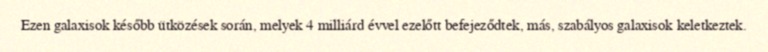
Ezen galaxisok később ütközések során, melyek 4 milliárd évvel ezelőtt befejeződtek, más, szabályos galaxisok keletkeztek.